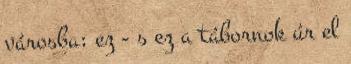
városba; ez - s ez a tábornok úr el